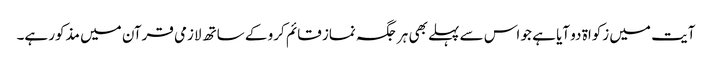
آیت میں زکواۃ دو آیا ہے جو اس سے پہلے بھی ہر جگہ نماز قائم کرو کے ساتھ لازمی قرآن میں مذکور ہے۔